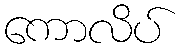
ကောလိပ်